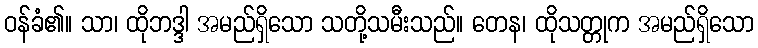
ဝန်ခံ၏။ သာ၊ ထိုဘဒ္ဒါ အမည်ရှိသော သတို့သမီးသည်။ တေန၊ ထိုသတ္တုက အမည်ရှိသော